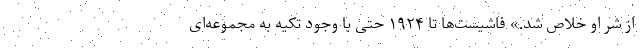
از شر او خلاص شد.» فاشیست‌ها تا ۱۹۲۴ حتی با وجود تکیه به مجموعه‌ای